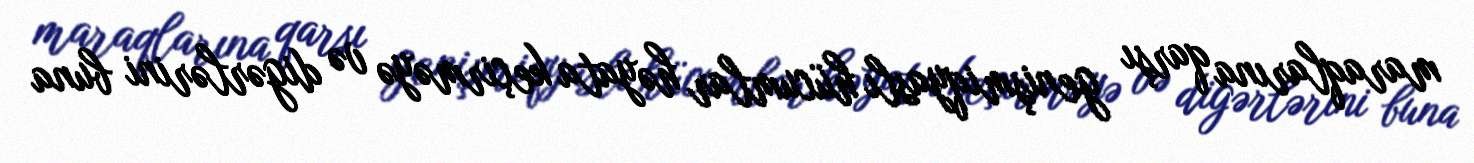
maraqlarına qarşı genişmiqyaslı hücumlar həyata keçirməyə və digərlərini buna